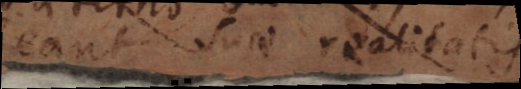
habeant suae realitatis.